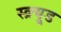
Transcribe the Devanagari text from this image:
स्क्र्यूड